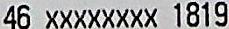
46 XXXXXXXX 1819